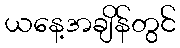
ယနေ့အချိန်တွင်